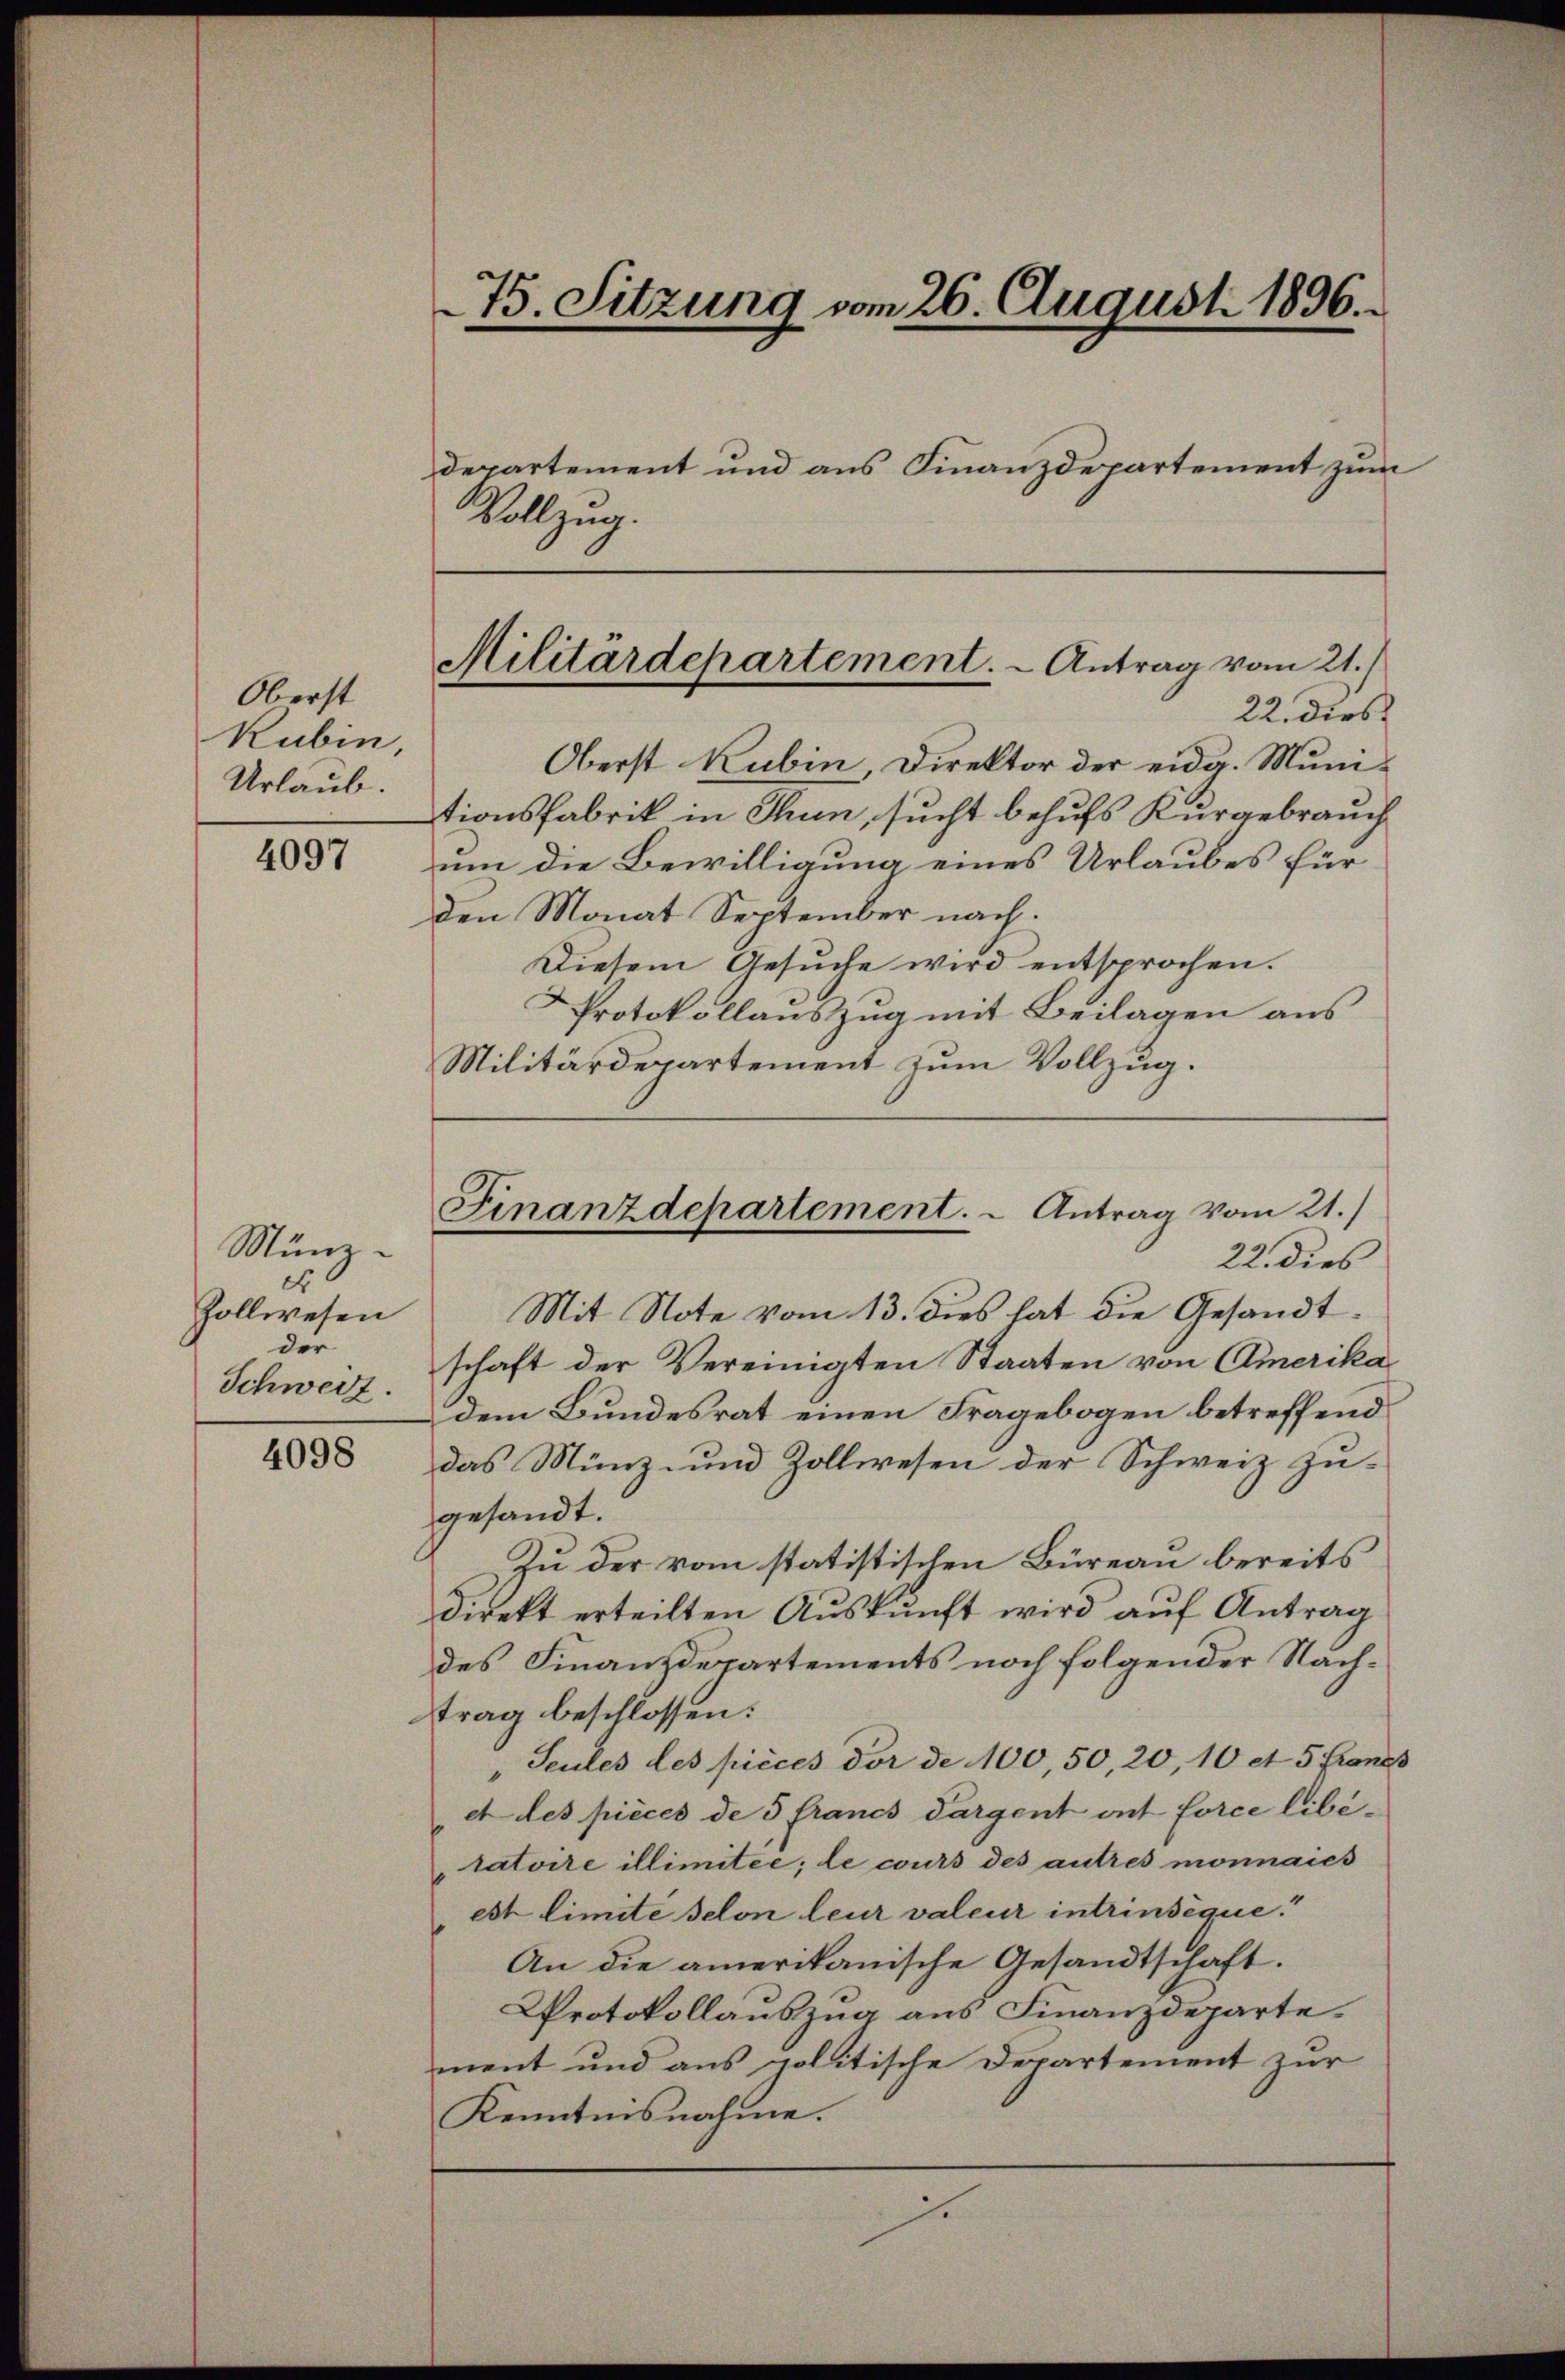
Oberst
Rubin
Urlaub.

4097

Münz-
E
Zollwesen
der
Schweiz.

4098

Oberst Kubin Direktor der eidg. Muni-
tionsfabrik in Thun, sucht behufs Kurgebrauch
um die Bewilligung eines Urlaubes für
den Monat September nach.
Diesem Gesŭche wird entsprochen.
Protokollauszug mit Beilagen aus
Militärdepartement zum Vollzug.
Mit Note vom 13. dies hat die Gesandtschaft der Vereinigten Staaten von Amerika
dem Bundesrat einen Fragebogen betreffend
das Münz- und Zollwesen der Schweiz zu-
gesandt.
Zu der vom statistischen Büreau bereits
direkt erteilten Auskunft wird auf Antrag
des Finanzdepartements noch folgender Nachtrag beschlossen:
"Seules des pièces dor de 100, 50, 20, 10 et 5 Franz
et des pièces de 5 francs dargent ont force libé-
tatoire illimitee; le cours des autres monnaies
est limite selon leur valeur intrinséque.“
An die amerikanische Gesandtschaft.
Protokollauszug aus Finanzdeparte.
ment und aus politische Departement zur
Kenntnisnahme.
e

75. Sitzung vom 26. August 1896.
departement und aus Finanzdepartement zum
Vollzug.

Militärdepartement. - Antrag vom 21.)
22. dies

Finanzdepartement. - Antrag vom 21.)
22. dies